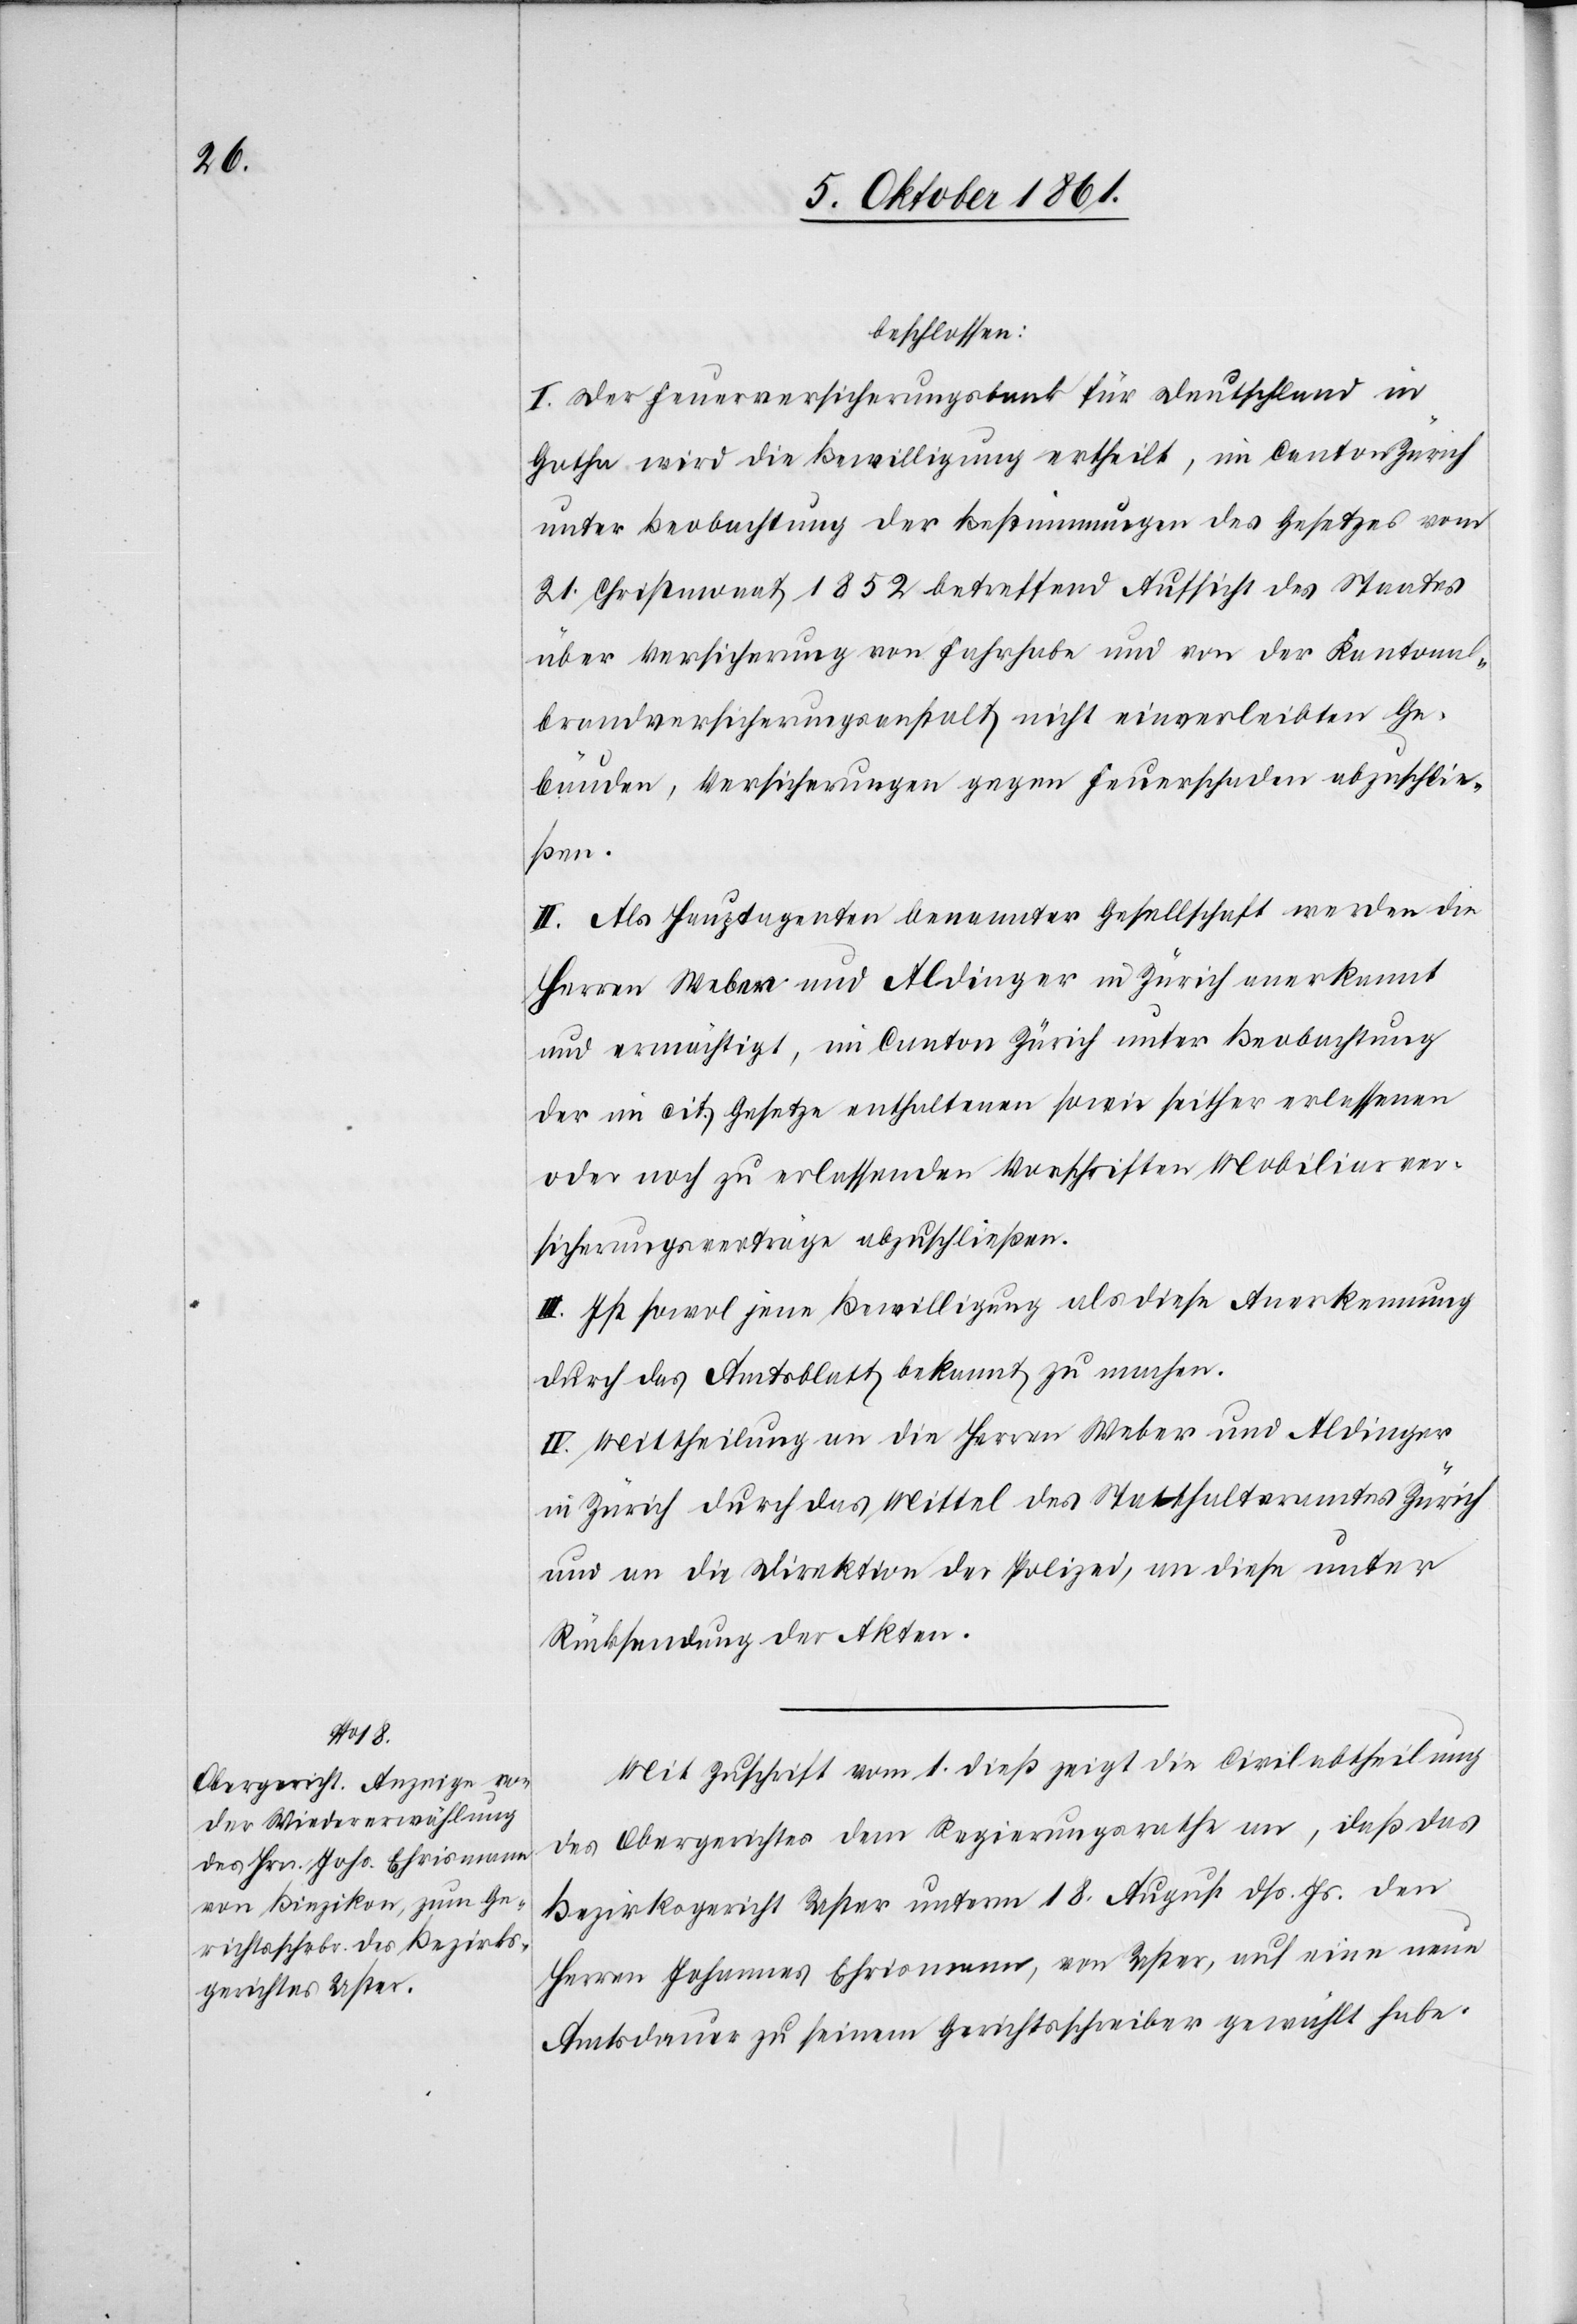
beschlossen:
I. Der Feuerversicherungsbank für Deutschland in
Gotha wird die Bewilligung ertheilt, im Canton Zürich
unter Beobachtung der Bestimmungen des Gesetzes vom
21 Christmonat 1852 betreffend Aufsicht des Staates
über Versicherung von Fahrhabe und von der Kantonal¬
brandversicherungsanstalt nicht einverleibten Ge¬
bäuden, Versicherungen gegen Feuerschaden abzuschlie¬
ßen.
II. Als Hauptagenten benannter Gesellschaft werden die
Herren Weber und Aldinger in Zürich anerkannt
und ermächtigt, im Canton Zürich unter Beobachtung
der im cit. Gesetze enthaltenen sowie seither erlassenen
oder noch zu erlassenden Vorschriften Mobiliarver¬
sicherungsverträge abzuschließen.
III. Ist sowol jene Bewilligung als diese Anerkennung
durch das Amtsblatt bekannt zu machen.
IV. Mittheilung an die Herren Weber und Aldinger
in Zürich durch das Mittel des Statthalteramtes Zürich
und an die Direktion der Polizei, an diese unter
Rücksendungen der Akten.
Mit Zuschrift vom 1 dieß zeigt die Civilabtheilung
des Obergerichtes dem Regierungsrathe an, daß das
Bezirksgericht Uster vom 18 August dß. Js. den
Herrn Johannes Ehrismann, von Uster, auf eine neue
Amtsdauer zu seinem Gerichtsschreiber gewählt habe.